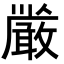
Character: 𭤏